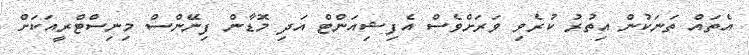
އެތައް ތަނަކުން އިތުރު ކުރެވި ވަރަށްވެސް އެފިޝިއަންޓް އަދި މޮޑާން ފިނޭންސް މިނިސްޓްރީއަކަށް